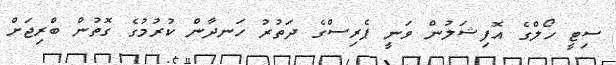
ސިޓީ ހޯލްގެ އޮފިޝަލުން ވަނީ ޕެރިސްގެ ދަތުރު ހަނދާން ކުރުމުގެ ގޮތުން ބްރިޖަށް